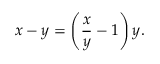
x - y = \left( { \frac { x } { y } } - 1 \right) y .